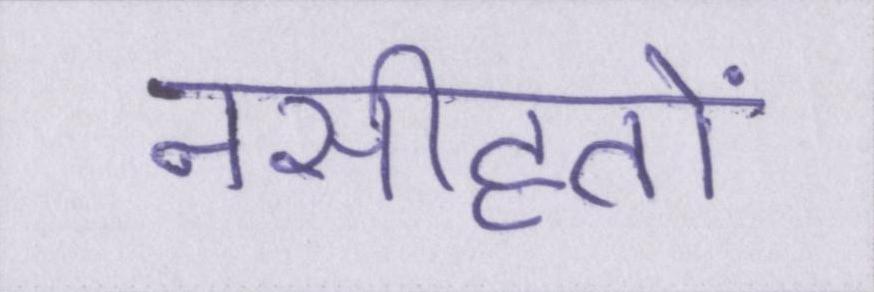
नसीहतों